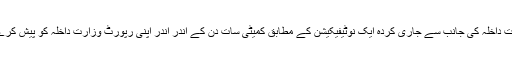
وزارت داخلہ کی جانب سے جاری کردہ ایک نوٹیفیکیشن کے مطابق کمیٹی سات دن کے اندر اندر اپنی رپورٹ وزارت داخلہ کو پیش کرے گی۔